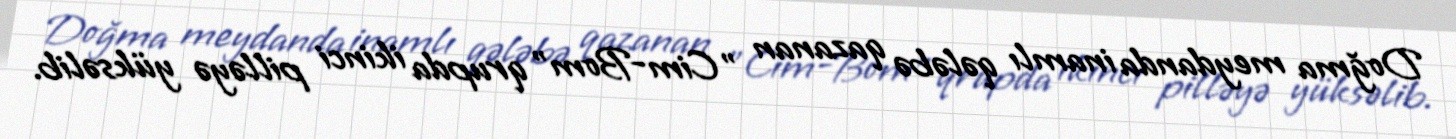
Doğma meydanda inamlı qələbə qazanan "Cim-Bom" qrupda ikinci pilləyə yüksəlib.